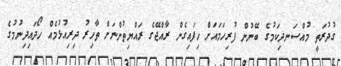
ގުދުރަތީ މުއްސަނދިކަމުގެ ބޭނުން ފުރިހަމައަށް ހިފައިގެން ރާއްޖޭގެ ރައްޔިތުންނަށް ތާހިރު ދިރިއުޅުމެއް ހޯދައިދިނުމުގެ